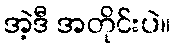
အဲ့ဒီ အတိုင်းပဲ။